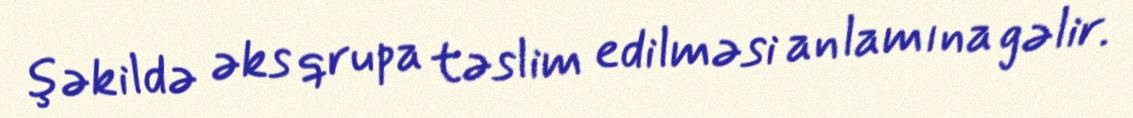
şəkildə əks qrupa təslim edilməsi anlamına gəlir.